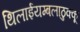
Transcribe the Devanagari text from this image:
थिलाईयम्बलाठुक्कू